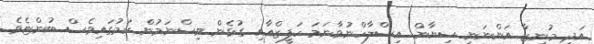
އަދި މުނީޒާ އަންނަނީ ސިޔާން އިސްލާހްނުވާނަމަ ހަފީޒްއާއި ގުޅެން ވިސްނަމުން ކަމުގައިވެސް ބުންޏެވެ.